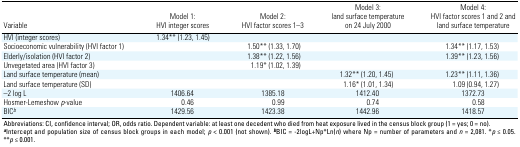
| Variable | Model 1: HVI integer scores | Model 2: HVI factor scores 1–3 | Model 3: land surface temperature on 24 July 2000 | Model 4: HVI factor scores 1 and 2 and land surface temperature |
 | --- | --- | --- | --- | --- |
 | HVI (integer scores) | 1.34** (1.23, 1.45) |
 | Socioeconomic vulnerability (HVI factor 1) |  | 1.50** (1.33, 1.70) |  | 1.34** (1.17, 1.53) |
 | Elderly/isolation (HVI factor 2) |  | 1.38** (1.22, 1.56) |  | 1.39** (1.23, 1.56) |
 | Unvegetated area (HVI factor 3) |  | 1.19* (1.02, 1.39) |
 | Land surface temperature (mean) |  |  | 1.32** (1.20, 1.45) | 1.23** (1.11, 1.36) |
 | Land surface temperature (SD) |  |  | 1.16* (1.01, 1.34) | 1.09 (0.94, 1.27) |
 | –2 log L | 1406.64 | 1385.18 | 1412.40 | 1372.73 |
 | Hosmer-Lemeshow p-value | 0.46 | 0.99 | 0.74 | 0.58 |
 | BICb | 1429.56 | 1423.38 | 1442.96 | 1418.57 |
 | <COLSPAN=5> Abbreviations: CI, confidence interval; OR, odds ratio.Dependent variable: at least one decedent who died from heat exposurelived in the census block group (1 = yes; 0 = no). aIntercept andpopulation size of census block groups in each model; p < 0.001 (notshown). bBIC = -2logL+Np*Ln(n) where Np = number of parameters and n =2,081. *p ≤ 0.05. **p ≤ 0.001. |